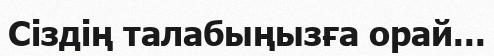
Сіздің талабыңызға орай...